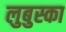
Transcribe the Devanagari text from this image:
लुबुस्का